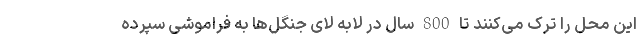
این محل را ترک می‌کنند تا 800 سال در لابه لای جنگل‌ها به فراموشی سپرده